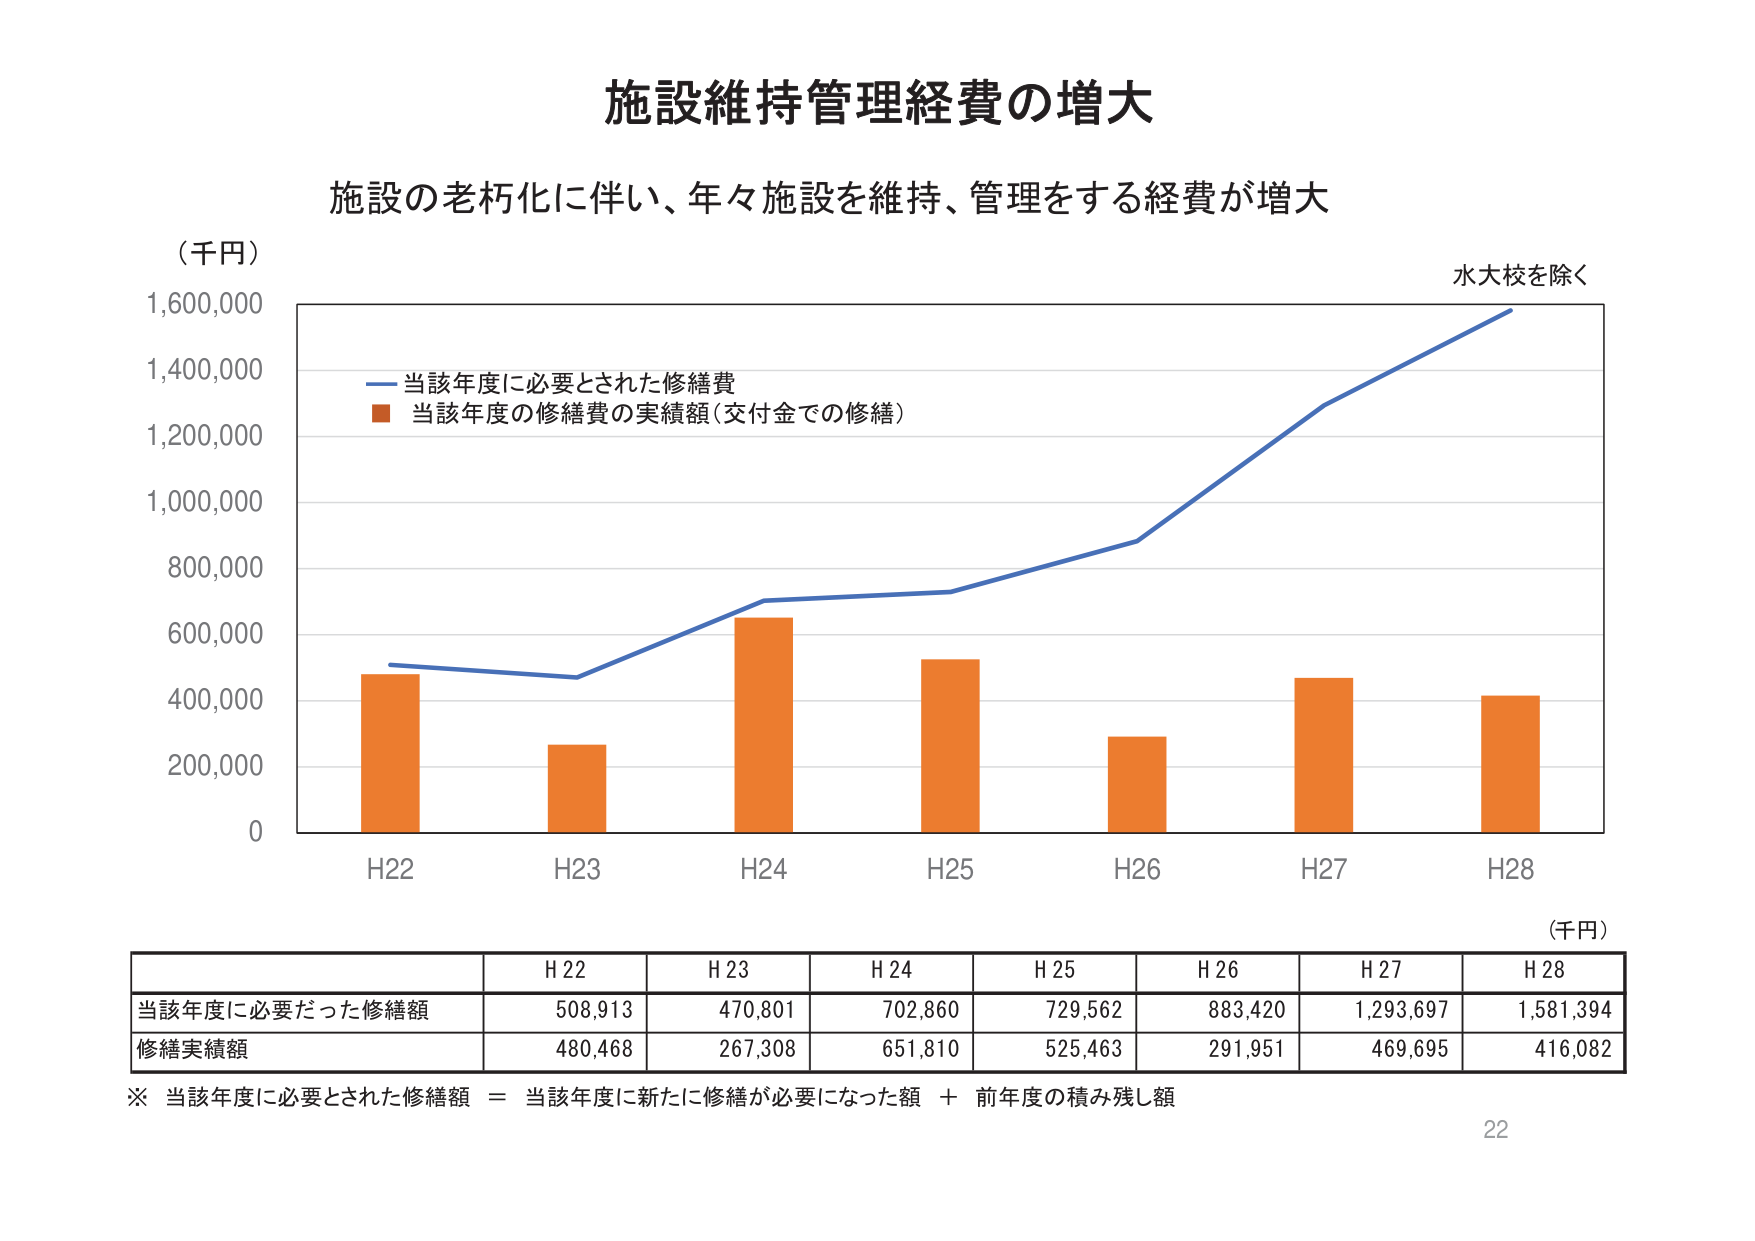
施設維持管理経費の増大
施設の老朽化に伴い、年々施設を維持、管理をする経費が増大
（千円）
水大校を除く
―― 当該年度に必要とされた修繕費
■ 当該年度の修繕費の実績額（交付金での修繕）
H22
H23
H24
H25
H26
H27
H28
0
200,000
400,000
600,000
800,000
1,000,000
1,200,000
1,400,000
1,600,000
（千円）
H 22
H 23
H 24
H 25
H 26
H 27
H 28
当該年度に必要だった修繕額
508,913
470,801
702,860
729,562
883,420
1,293,697
1,581,394
修繕実績額
480,468
267,308
651,810
525,463
291,951
469,695
416,082
※ 当該年度に必要とされた修繕額 ＝ 当該年度に新たに修繕が必要になった額 ＋ 前年度の積み残し額
22